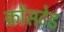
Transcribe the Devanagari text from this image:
क्रोंसटेड